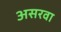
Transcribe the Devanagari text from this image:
असरवा